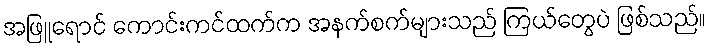
အဖြူရောင် ကောင်းကင်ထက်က အနက်စက်များသည် ကြယ်တွေပဲ ဖြစ်သည်။